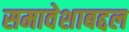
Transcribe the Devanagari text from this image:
समावेशाबद्दल